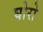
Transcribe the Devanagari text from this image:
घोरो